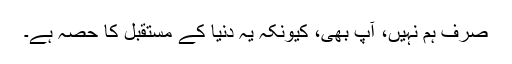
صرف ہم نہیں، آپ بھی، کیونکہ یہ دنیا کے مستقبل کا حصّہ ہے۔